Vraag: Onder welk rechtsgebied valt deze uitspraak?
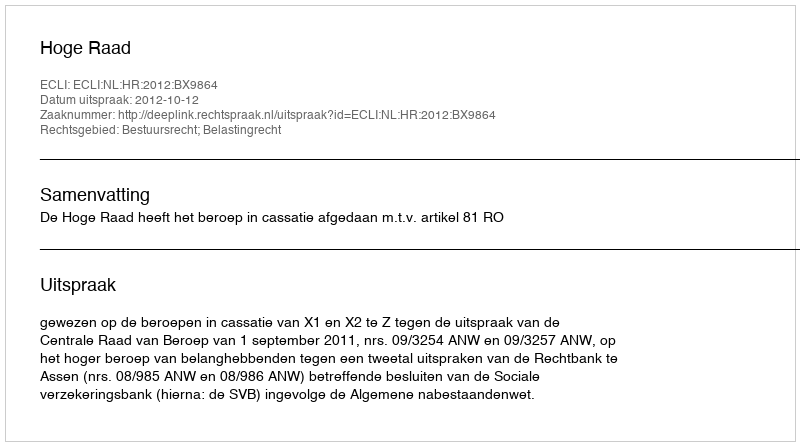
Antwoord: Bestuursrecht; Belastingrecht